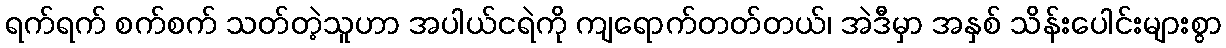
ရက်ရက် စက်စက် သတ်တဲ့သူဟာ အပါယ်ငရဲကို ကျရောက်တတ်တယ်၊ အဲဒီမှာ အနှစ် သိန်းပေါင်းများစွာ